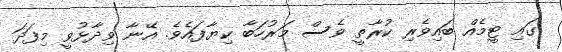
ގައި ޓީމެއް ބައިވެރި ކުރާތީ ވެސް މަރުހަބާ ކިޔާފައެވެ. އޭނާ ވިދާޅުވީ މިފަދަ